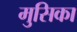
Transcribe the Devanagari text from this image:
मुसिका